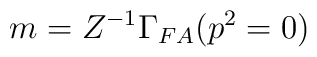
m = Z^{-1} \Gamma _{FA} (p^2 = 0)